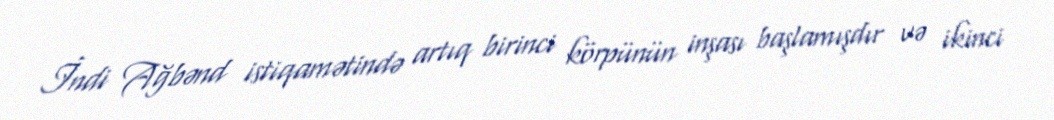
İndi Ağbənd istiqamətində artıq birinci körpünün inşası başlamışdır və ikinci